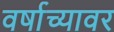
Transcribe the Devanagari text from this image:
वर्षाच्यावर